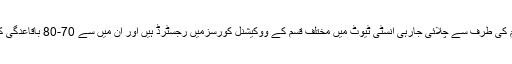
تقریباً 100 لڑکیاں ان کی تنظیم کی طرف سے چلائی جارہی انسٹی ٹیوٹ میں مختلف قسم کے ووکیشنل كورسزمیں رجسٹرڈ ہیں اور ان میں سے 70-80 باقاعدگی کے ساتھ پڑھائی کرنے آتی ہیں۔